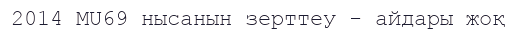
2014 MU69 нысанын зерттеу - айдары жоқ